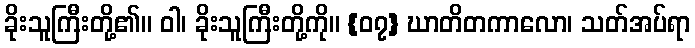
ခိုးသူကြီးတို့၏။ ဝါ၊ ခိုးသူကြီးတို့ကို။ {၀၇} ဃာတိတကာလော၊ သတ်အပ်ရာ